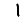
Digit: 1